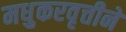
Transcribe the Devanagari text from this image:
मधुकरवृत्तीने